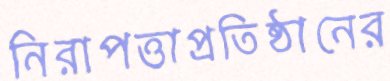
নিরাপত্তাপ্রতিষ্ঠানের